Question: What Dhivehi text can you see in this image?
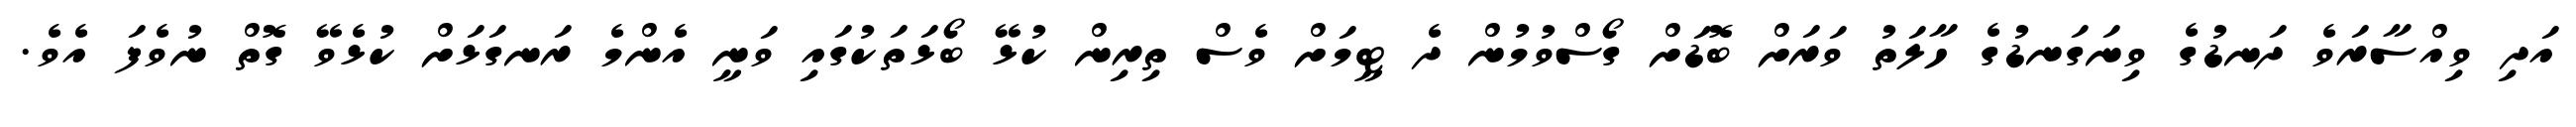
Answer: އަދި ވިއްސާރަވެ ދަނޑުގެ ވިނަގަނޑުގެ ހާލަތު ވަރަށް ބޮޑަށް ގޯސްވުމުން ދެ ޓީމަށް ވެސް ތިރިން ކުޅޭ ބޯޅަތަކުގައި ވަނީ އެންމެ ރަނގަޅަށް ކުޅެވޭ ގޮތް ނުވެފަ އެވެ.